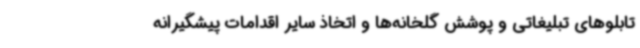
تابلوهای تبلیغاتی و پوشش گلخانه‌ها و اتخاذ سایر اقدامات پیشگیرانه